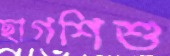
ছাগশিশু